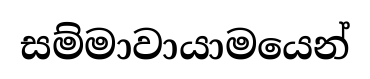
සම්මාවායාමයෙන්